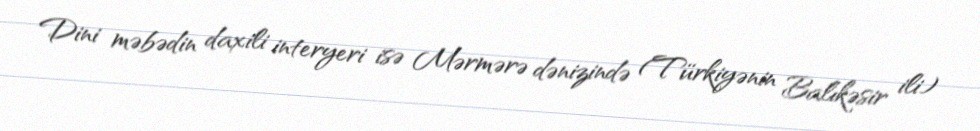
Dini məbədin daxili interyeri isə Mərmərə dənizində (Türkiyənin Balıkəsir ili)